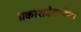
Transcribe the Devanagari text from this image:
प्रकाशवेगापेक्षा